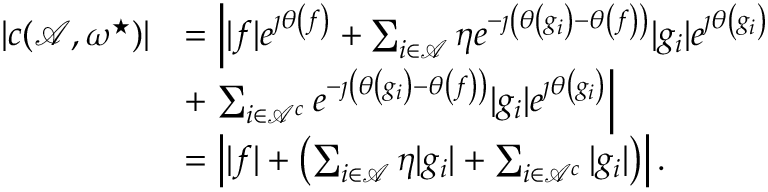
\begin{array} { r l } { \vert c ( { \ensuremath { \mathcal { A } } } , \boldsymbol { \omega } ^ { \star } ) \vert } & { = \left\vert \vert f \vert e ^ { \jmath \theta \left( f \right) } + \sum _ { i \in { \ensuremath { \mathcal { A } } } } \eta e ^ { - \jmath \left( \theta \left( g _ { i } \right) - \theta \left( f \right) \right) } \vert g _ { i } \vert e ^ { \jmath \theta \left( g _ { i } \right) } \right. } \\ & { + \left. \sum _ { i \in { \ensuremath { \mathcal { A } } } ^ { c } } e ^ { - \jmath \left( \theta \left( g _ { i } \right) - \theta \left( f \right) \right) } \vert g _ { i } \vert e ^ { \jmath \theta \left( g _ { i } \right) } \right\vert } \\ & { = \left\vert \vert f \vert + \left( \sum _ { i \in { \ensuremath { \mathcal { A } } } } \eta \vert g _ { i } \vert + \sum _ { i \in { \ensuremath { \mathcal { A } } } ^ { c } } \vert g _ { i } \vert \right) \right\vert . } \end{array}